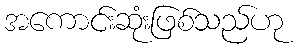
အကောင်းဆုံးဖြစ်သည်ဟု